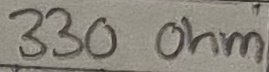
Text: 330 Ohm